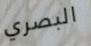
البصري